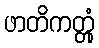
ဖာတိကတ္တုံ